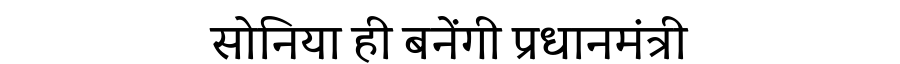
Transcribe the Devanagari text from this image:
सोनिया ही बनेंगी प्रधानमंत्री